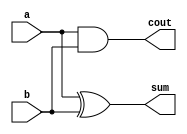
`timescale 1ns / 1ps

module half_adder(input a, 
                  input b , 
                  output cout, 
                  output sum);

assign sum = a^b;
assign cout = a&b;

endmodule